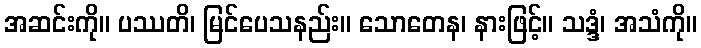
အဆင်းကို။ ပဿတိ၊ မြင်ပေသနည်း။ သောတေန၊ နားဖြင့်။ သဒ္ဒံ၊ အသံကို။